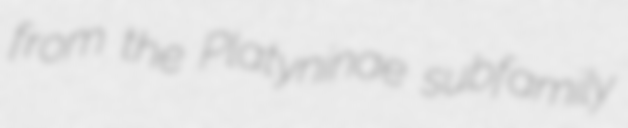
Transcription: from the Platyninae subfamily